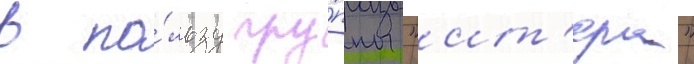
в по́льзу гру́ппы "ит'ера"